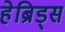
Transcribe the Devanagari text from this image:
हेब्रिड्स